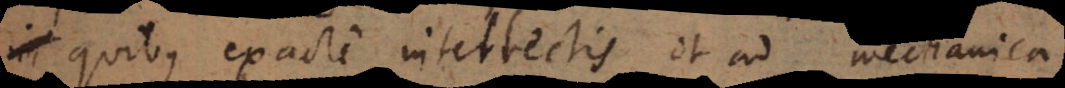
quibus exacte intellectis et ad